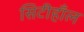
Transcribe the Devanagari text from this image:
सिटीहाँल